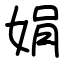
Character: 娟